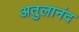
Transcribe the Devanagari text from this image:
अतुलानंद